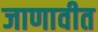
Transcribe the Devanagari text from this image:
जाणावीत